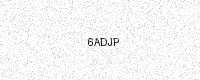
Text: 6ADJP